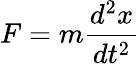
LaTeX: F=m{\frac{d^{2}x}{dt^{2}}}